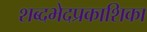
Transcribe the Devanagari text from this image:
शब्दभेदप्रकाशिका